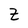
Character: B